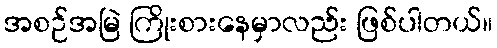
အစဉ်အမြဲ ကြိုးစားနေမှာလည်း ဖြစ်ပါတယ်။